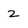
Character: 2